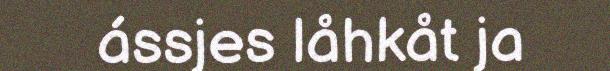
ássjes låhkåt ja